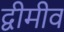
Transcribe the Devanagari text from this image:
द्वीमीव